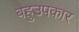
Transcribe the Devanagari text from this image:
बहुउपकार